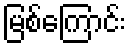
မြစ်ကြောင်း